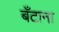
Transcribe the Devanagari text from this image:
बँटाना